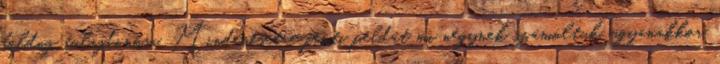
boldog tulajdonosa. Mindenesetre fenti példát mi négynek számoltuk, ugyanakkor